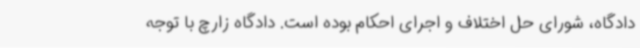
دادگاه، شورای حل اختلاف و اجرای احکام بوده است. دادگاه زارچ با توجه